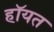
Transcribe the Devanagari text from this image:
हॉयत